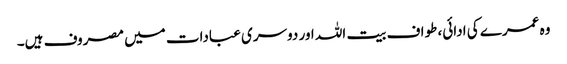
وہ عمرے کی ادائی، طواف بیت اللہ اور دوسری عبادات میں مصروف ہیں۔